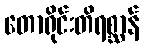
တောရိုင်းတိရစ္ဆာန်